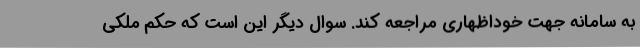
به سامانه جهت خوداظهاری مراجعه کند. سوال دیگر این است که حکم ملکی